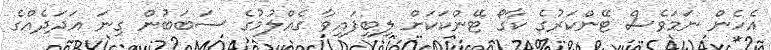
އެހެން ނަމަވެސް ޓޭންކަރުގެ ކާގޯ ޓޭންކަކަށް ލިބިފައިވާ ގެއްލުމުގެ ސަބަބުން ގިނަ އަދަދެއްގެ